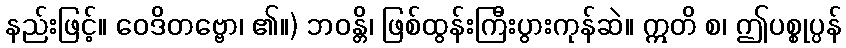
နည်းဖြင့်။ ဝေဒိတဗ္ဗော၊ ၏။) ဘဝန္တိ၊ ဖြစ်ထွန်းကြီးပွားကုန်ဆဲ။ ဣတိ စ၊ ဤပစ္စုပ္ပန်